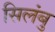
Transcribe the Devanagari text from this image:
सिलंबु